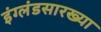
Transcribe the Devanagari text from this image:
इंग्लंडसारख्या